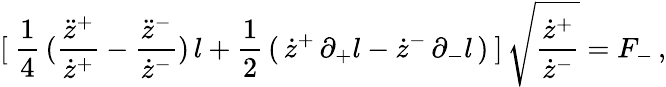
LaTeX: [\: \frac{1}{4}\, (\frac{\ddot{z}^{+}}{\dot{z}^{+}}-\frac{\ddot{z}^{-}}{\dot{z}^{-}})\, l+\frac{1}{2}\, (\, \dot{z}^{+}\, \partial_{+}l-\dot{z}^{-}\, \partial_{-}l\, )\: ]\, \sqrt{\frac{\dot{z}^{+}}{\dot{z}^{-}}}=F_{-}\, ,